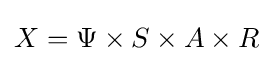
X=\Psi \times S\times A\times R